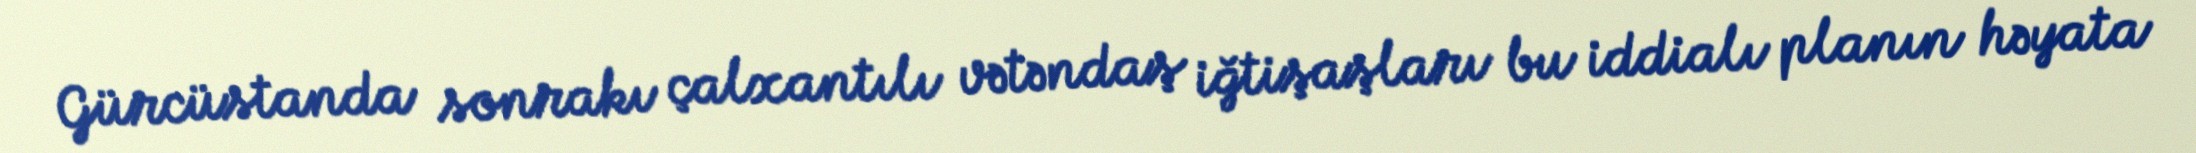
Gürcüstanda sonrakı çalxantılı vətəndaş iğtişaşları bu iddialı planın həyata